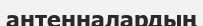
антенналардың